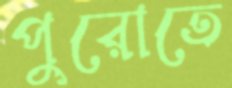
পুরোতে